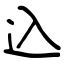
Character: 込